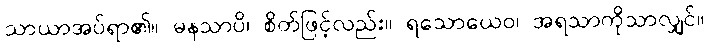
သာယာအပ်ရာ၏။ မနသာပိ၊ စိတ်ဖြင့်လည်း။ ရသောယေဝ၊ အရသာကိုသာလျှင်။